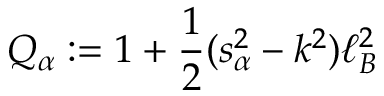
Q _ { \alpha } : = 1 + \frac { 1 } { 2 } ( s _ { \alpha } ^ { 2 } - k ^ { 2 } ) \ell _ { B } ^ { 2 }